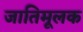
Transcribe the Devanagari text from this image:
जातिमूलक